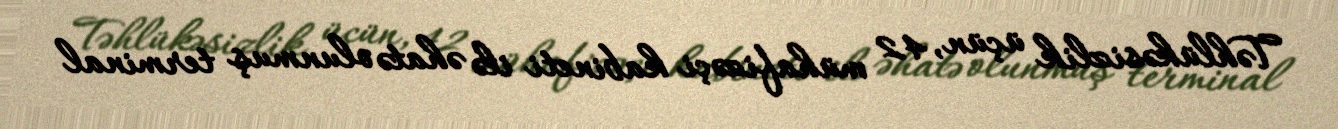
Təhlükəsizlik üçün, 42 mühafizəçi kabineti ilə əhatə olunmuş terminal